Statistics compiled by the Government of India from the reports of provincial Civil Veterinary Departments
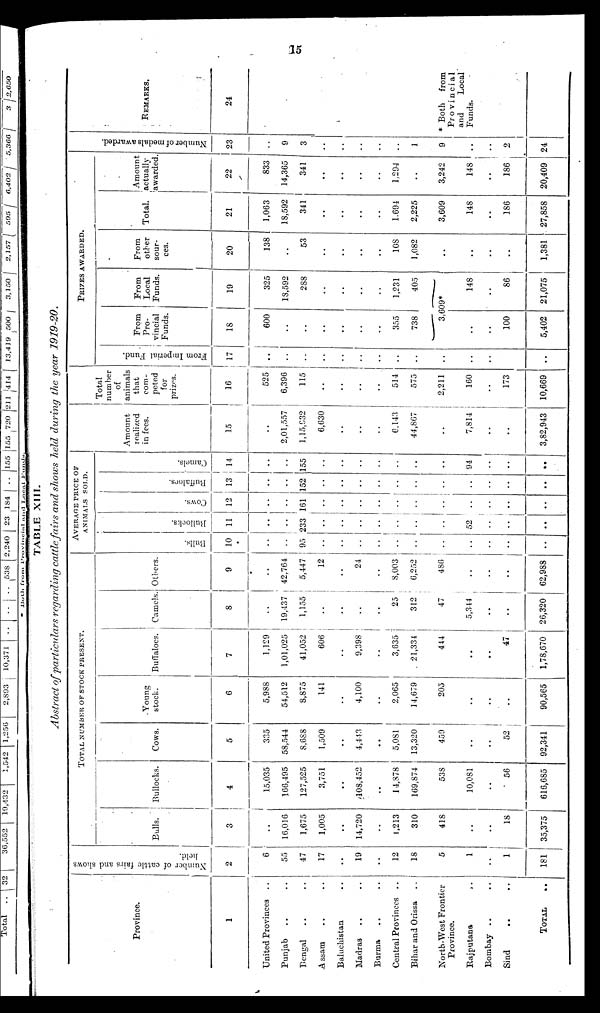
15
TABLE XIII.
Abstract of particulars regarding cattle fairs and shows held during the year 1919-20.
Province.
1
United Provinces
..
Punjab .. ..
Bengal .. ..
Assam .. ..
Baluchistan ..
Madras .. ..
Burma .. ..
Central Provinces ..
Bihar and Orissa ..
North-West Frontier
Province.
Rajputana ..
Bombay .. ..
Sind .. ..
TOTAL ..
Number of cattle fairs and shows
held.
2
6
55
47
17
..
19
..
12
18
5
1
..
1
181
TOTAL NUMBER OF STOCK PRESENT.
Bulls.
3
..
16,016
1,675
1,005
..
14,720
..
1,213
310
418
..
..
18
35,375
Bullocks.
4
15,035
166,495
127,525
3,751
..
108,452
..
14,878
169,874
538
10,081
..
56
616,685
Cows.
5
335
58,544
8,688
1,509
..
4,443
..
5,081
13,320
459
..
..
52
92,341
Young
stock.
6
5,988
54,512
8,875
141
..
4,100
..
2,065
14,679
205
..
..
..
90,565
Buffaloes.
7
1,129
1,01,025
41,052
606
..
9,398
..
3,635
21,334
444
..
..
47
1,78,670
Camels.
8
..
19,437
1,155
..
..
..
..
25
312
47
5,344
..
..
26,320
Others.
9
..
42,764
5,447
12
..
24
..
8,003
6,252
486
..
..
..
62,988
AVERAGE PRICE OF
ANIMALS SOLD.
Bulls.
10
..
..
95
..
..
..
..
..
..
..
..
..
..
..
Bullocks.
11
..
..
233
..
..
..
..
..
..
..
52
..
..
..
Cows .
12
..
..
161
..
..
..
..
..
..
..
..
..
..
..
Buffaloes.
13
..
..
152
..
..
..
..
..
..
..
..
..
..
..
Camels.
14
..
..
155
..
..
..
..
..
..
..
94
..
..
..
Amount
realized
in fees.
15
..
2,01,557
1,15,932
6,630
..
..
..
6,143
44,867
..
7,814
..
..
3,82,943
Total
number
of
animals
that
com-
peted
for
prizes.
16
525
6,396
115
..
..
..
..
514
575
2,211
160
..
173
10,669
PRIZES AWARDED.
Fr om I mper i
al Fund.
17
..
..
..
..
..
..
..
..
..
..
..
..
..
..
From
Pro-
vincial
Funds.
18
600
..
..
..
..
..
..
355
738
From
Local
Funds.
19
325
18,592
288
..
..
..
..
1,231
405
3,609*
..
..
100
5,402
148
..
86
21,075
From
other
sour-
ces.
20
138
..
53
..
..
..
..
108
1,082
..
..
..
..
1,381
Total.
21
1,063
18,592
341
..
..
..
..
1,694
2,225
3,609
148
..
186
27,858
Amount
actually
awarded.
22
833
14,365
341
..
..
..
..
1,294
..
3,242
148
..
186
20,409
Nu mb e r of medals awarded.
23
..
9
3
..
..
..
..
..
1
9
..
..
2
24
REMARKS.
24
* Both
from
Provincial
and
Local
Funds.